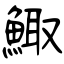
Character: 鯫